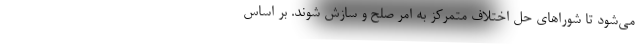
می‌شود تا شوراهای حل اختلاف متمرکز به امر صلح و سازش شوند. بر اساس